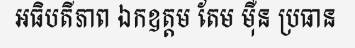
អធិបតីភាព ឯកឧត្តម តែម ម៉ឺន ប្រធាន